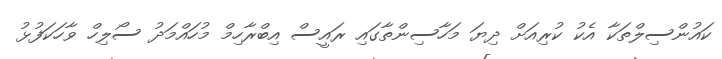
ކައުންސިލްތަކާ އެކު ކުރިއަށް ދިޔަ މަހާސިންތާގައި ރައީސް އިބްރާހިމް މުހައްމަދު ސޯލިހް ވާހަކަފުޅު